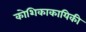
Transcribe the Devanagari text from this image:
कोशिकाकायिकी